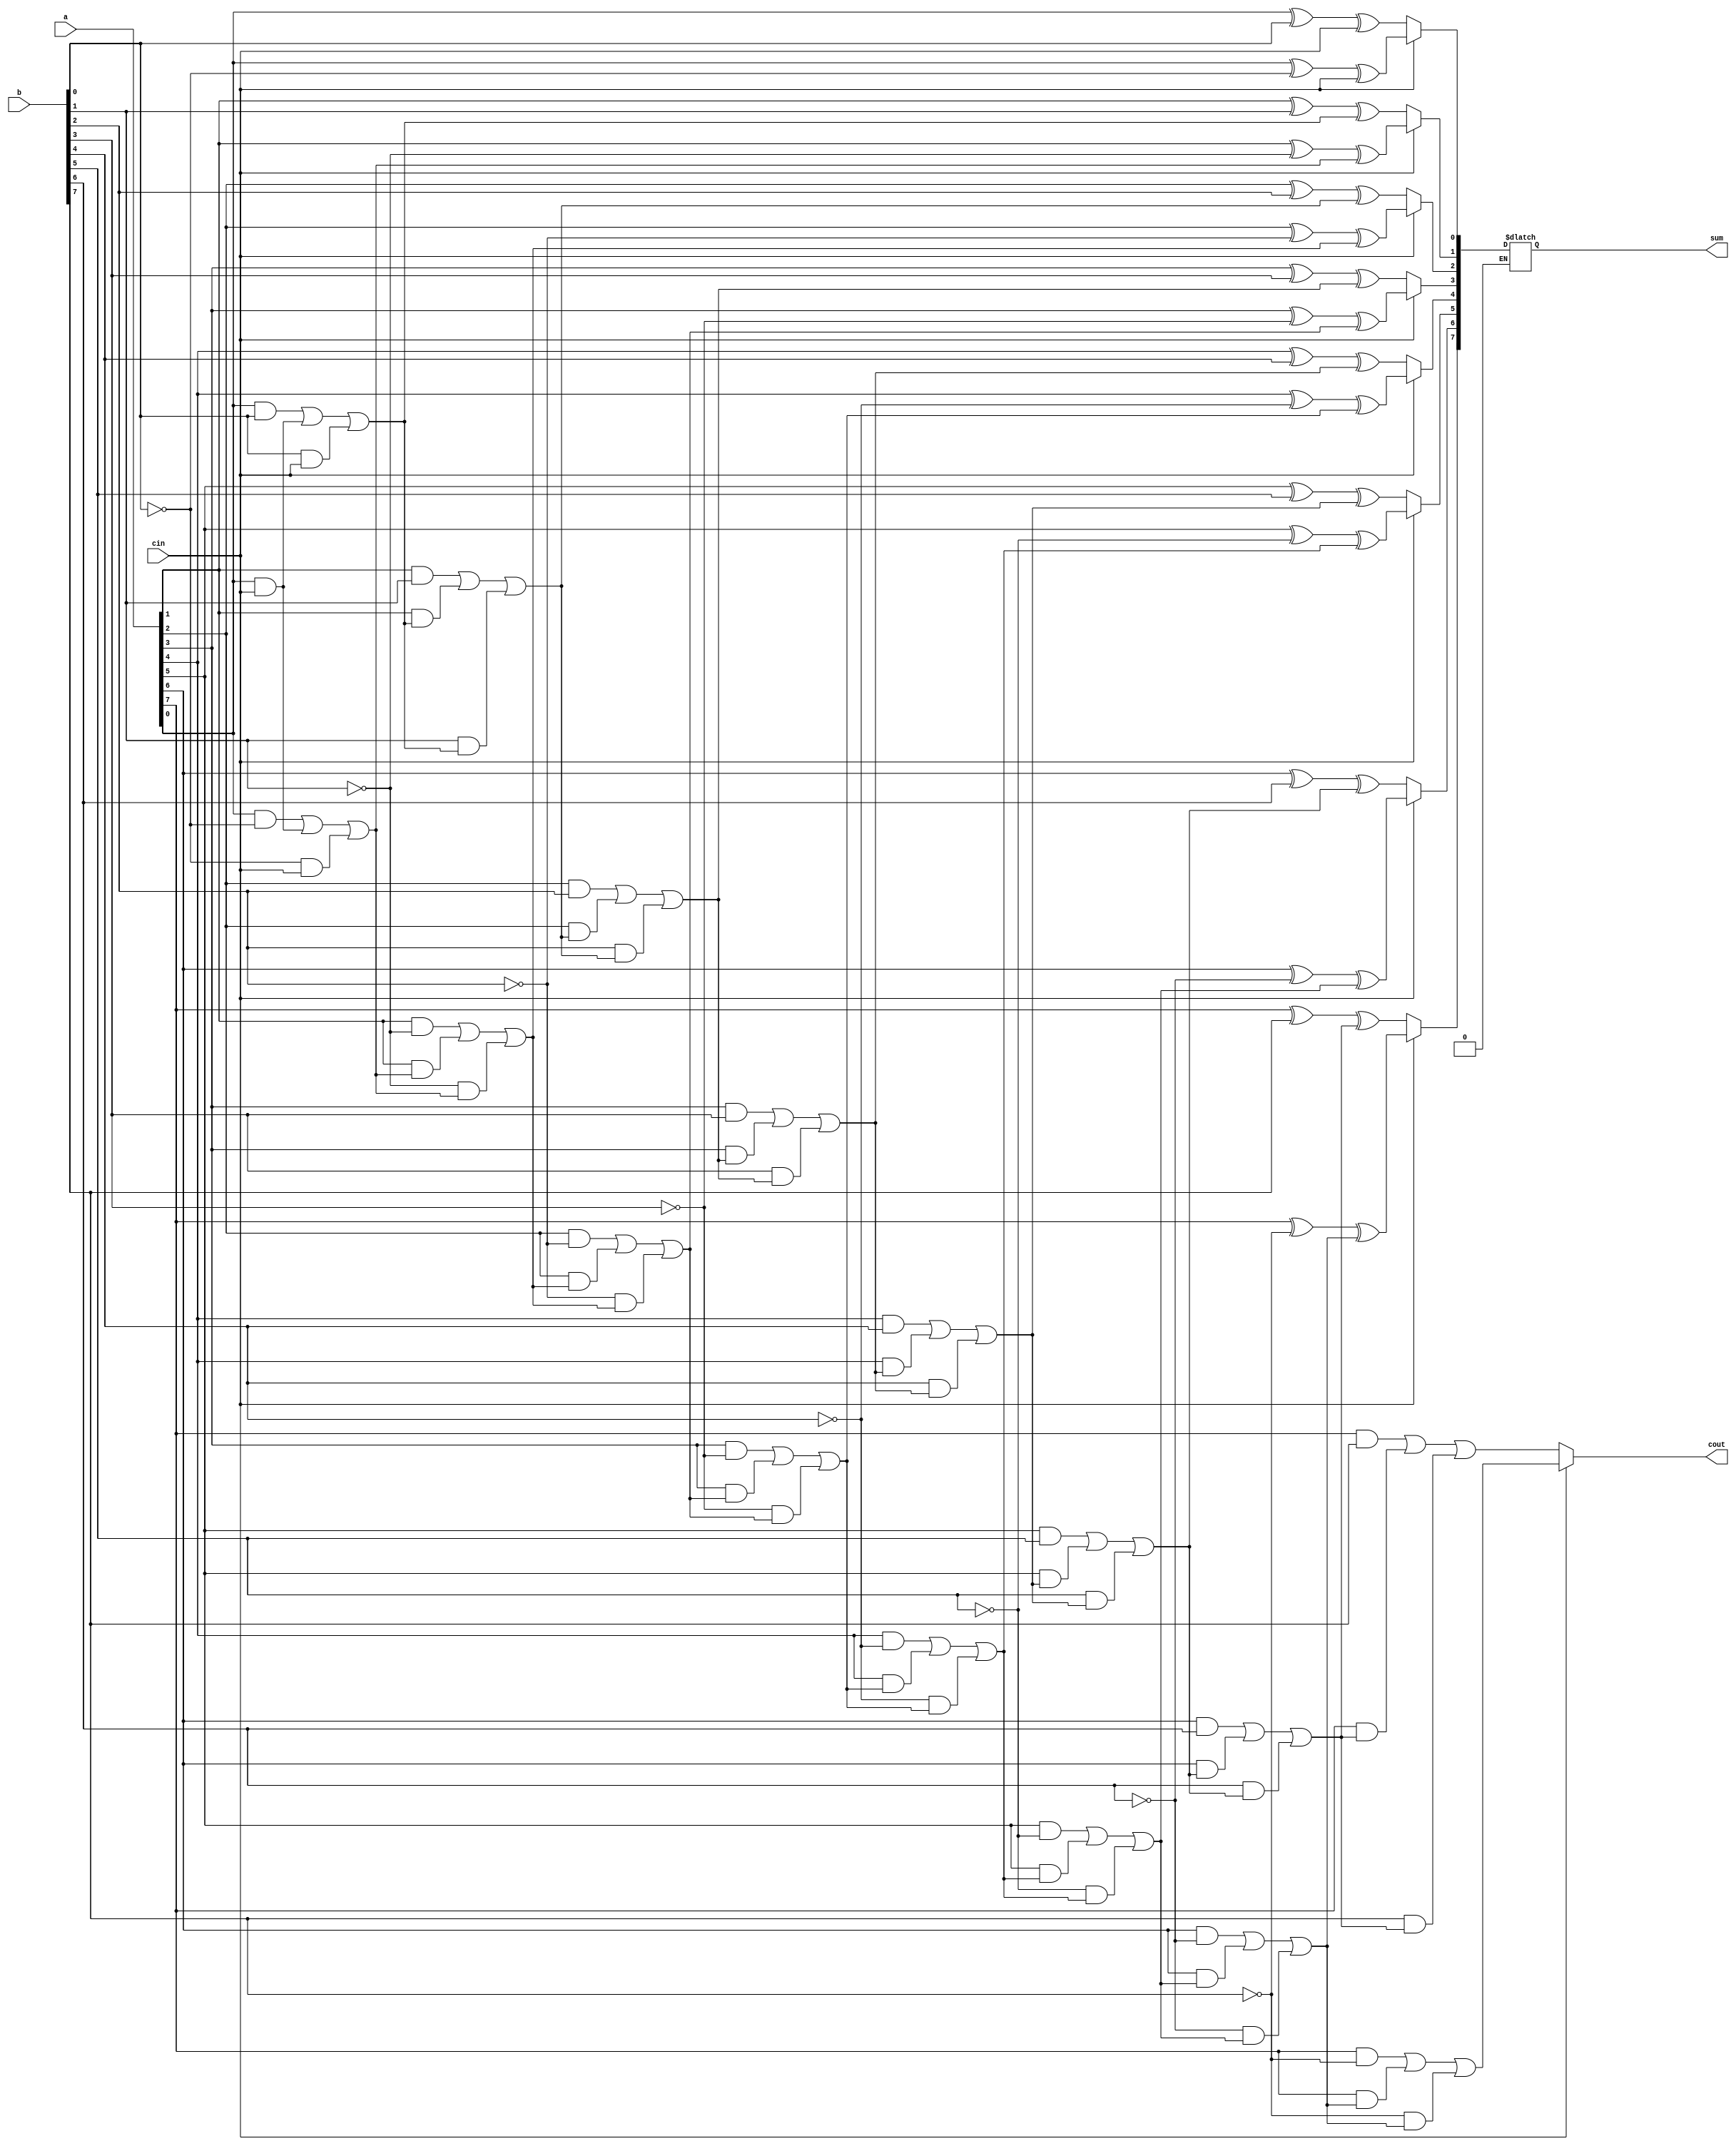
//_   8-bit adder/subtractor  http://vlsimaster.wordpress.com/tag/verilog-code-for-8-bit-addersubtractor/
module par_addsub(a,b,cin,sum,cout);
  input [7:0] a;
  input [7:0] b;
  input cin;
  output reg [7:0] sum;
  output reg cout;
  reg [8:0] c;
  integer i;

  always @ (a or b or cin)   begin

   c[0]=cin;
   if (cin == 0) begin
    for ( i=0; i<8 ; i=i+1)
    begin
     sum[i]= a[i]^b[i]^c[i];
     c[i+1]= (a[i]&b[i])|(a[i]&c[i])|(b[i]&c[i]);
    end
    end
    else if (cin == 1) begin
    for ( i=0; i<8 ; i=i+1)
    begin
    sum[i]= a[i]^(~ b[i])^c[i];
    c[i+1]= (a[i]&(~b[i]))|(a[i]&c[i])|((~b[i])&c[i]);
    end
    end
   cout=c[8];
  end
endmodule